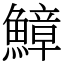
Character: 鱆